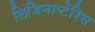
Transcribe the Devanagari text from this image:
लिजिनाप्टेरिस